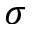
\sigma